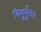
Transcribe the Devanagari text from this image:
विबुर्नुम।